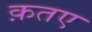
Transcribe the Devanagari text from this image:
क़तए